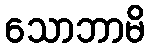
သောဘာမိ